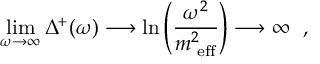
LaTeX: \operatorname * { l i m } _ { \omega \rightarrow \infty } \Delta ^ { + } ( \omega ) \longrightarrow \ln \left( \frac { \omega ^ { 2 } } { m _ { \mathrm { \scriptsize ~ e f f } } ^ { 2 } } \right) \longrightarrow \infty \; \; ,